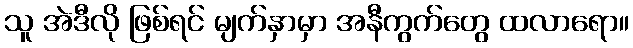
သူ အဲဒီလို ဖြစ်ရင် မျက်နှာမှာ အနီကွက်တွေ ထလာရော။